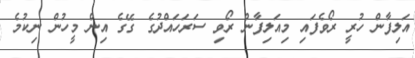
އަލިފާން ހުރީ ރޯވެފައި މިއަލިފާން ރޯވި ސަަރަހައްދުގެ ގޭގެ އިން މީހުން ނިކުމެ